Lunatic asylums Punjab 1895-1910 - 1895-1910
Year: 1895
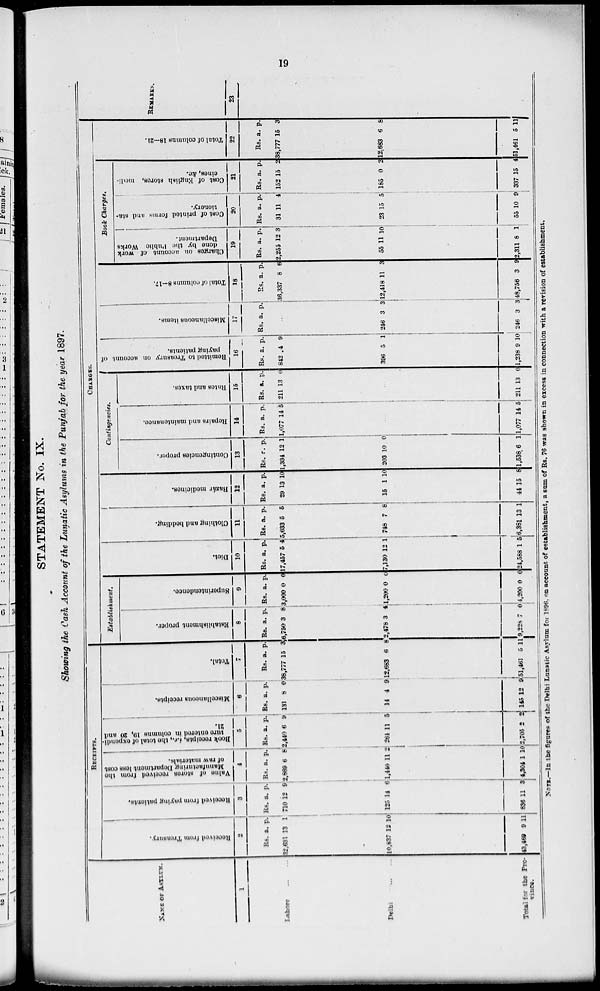
19
STATEMENT No. IX.
Showing the Cash Account of the Lunatic Asylums in the Punjab for the year 1897.
NAME OF ASYLUM.
1
Lahore ... ...
Delhi
...
...
Total for the Pro-
vince.
RECEIPTS.
Received
from Treasury.
2
Rs.
32,631
10,637
43,469
a.
13
12
9
p.
1
10
11
Received
from paying patients.
3
Rs.
710
125
836
a.
12
14
11
p.
9
6
3
Value of stores received
from the
Manufacturing Department
less cost
of raw materials.
4
Rs.
2,869
1,440
4,304
a.
6
11
1
p.
8
2
10
Book reeeipts, i.c., the total of expondi-
ture entered In columns 19, 20 and
21.
5
Rs.
2,440
264
2,705
a.
6
11
2
p.
9
5
2
Miscellaneous receipts.
6
Rs.
131
14
145
a.
8
4
12
p.
0
9
9
Total.
7
Rs.
38,777
12,683
51,461
a.
15
6
5
p.
3
8
11
CHARGES.
Establishment.
Establishment proper.
8
Rs.
6,750
2,478
9,226
a.
3
3
7
p.
8
4
0
Superintendence.
9
Rs.
3,000
1,200
4,200
a.
0
0
0
p.
0
0
0
Diet.
10
Rs.
17,457
7,130
24,588
a.
5
12
1
p.
4
1
5
Clothing and bedding.
11
Rs.
5,633
748
6,381
a.
5
7
13
p.
5
8
1
Bazár medicines.
12
Rs.
29
15
44
a.
13
1
15
p.
10
10
8
Contingencies.
Contingencies proper.
13
Rs.
1,334
203
1,538
a.
12
10
6
p.
1
0
1
Repairs and maintenance.
14
Rs.
1,077
1,077
a.
14
14
p.
5
5
Rates
and taxes.
15
Rs.
211
211
a.
13
13
p.
0
0
Remitted to Treasury on account of
paying patients.
16
Rs.
842
396
1,238
a.
4
5
9
p.
9
1
10
Miscellaneous items.
17
Rs. a. p.
246
246
3
3
3
3
Total of columns 8—17.
18
Rs.
36,337
12,418
48,756
a.
8
11
3
p.
6
3
9
Book Charges,
Charges
on account of work
done
by the Public Works
Department.
19
Rs.
2,255
55
2,311
a.
12
11
8
p.
3
10
1
Cost of printed
forms and sta-
tionery.
20
Rs.
31
23
55
a.
11
15
10
p.
4
5
9
Cost of English stores, medi-
cines, &c.
21
Rs.
152
185
337
a.
15
0
15
p.
2
2
4
Total of columns 18—21.
22
Rs.
38,777
12,683
51,461
a.
15
6
5
p.
3
8
11
REMARKS.
23
NOTE.—In the figures of the Delhi Lunatic Asylum for 1896. on account of establishment, a sum of Rs. 76 was shown in excess in connection with a revision of establishment.